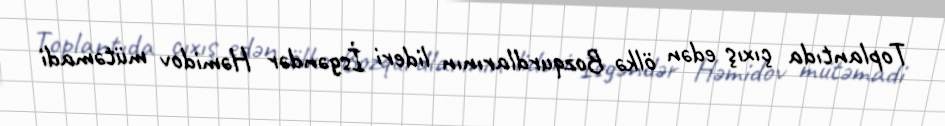
Toplantıda çıxış edən ölkə Bozqurdlarının lideri İsgəndər Həmidov mütəmadi